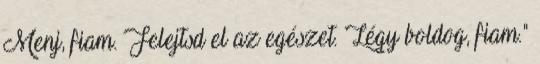
Menj, fiam. Felejtsd el az egészet. Légy boldog, fiam."